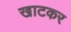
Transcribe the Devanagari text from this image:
खाटकर